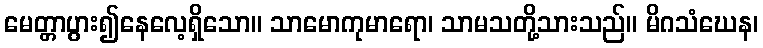
မေတ္တာပွား၍နေလေ့ရှိသော။ သာမောကုမာရော၊ သာမသတို့သားသည်။ မိဂသံဃေန၊